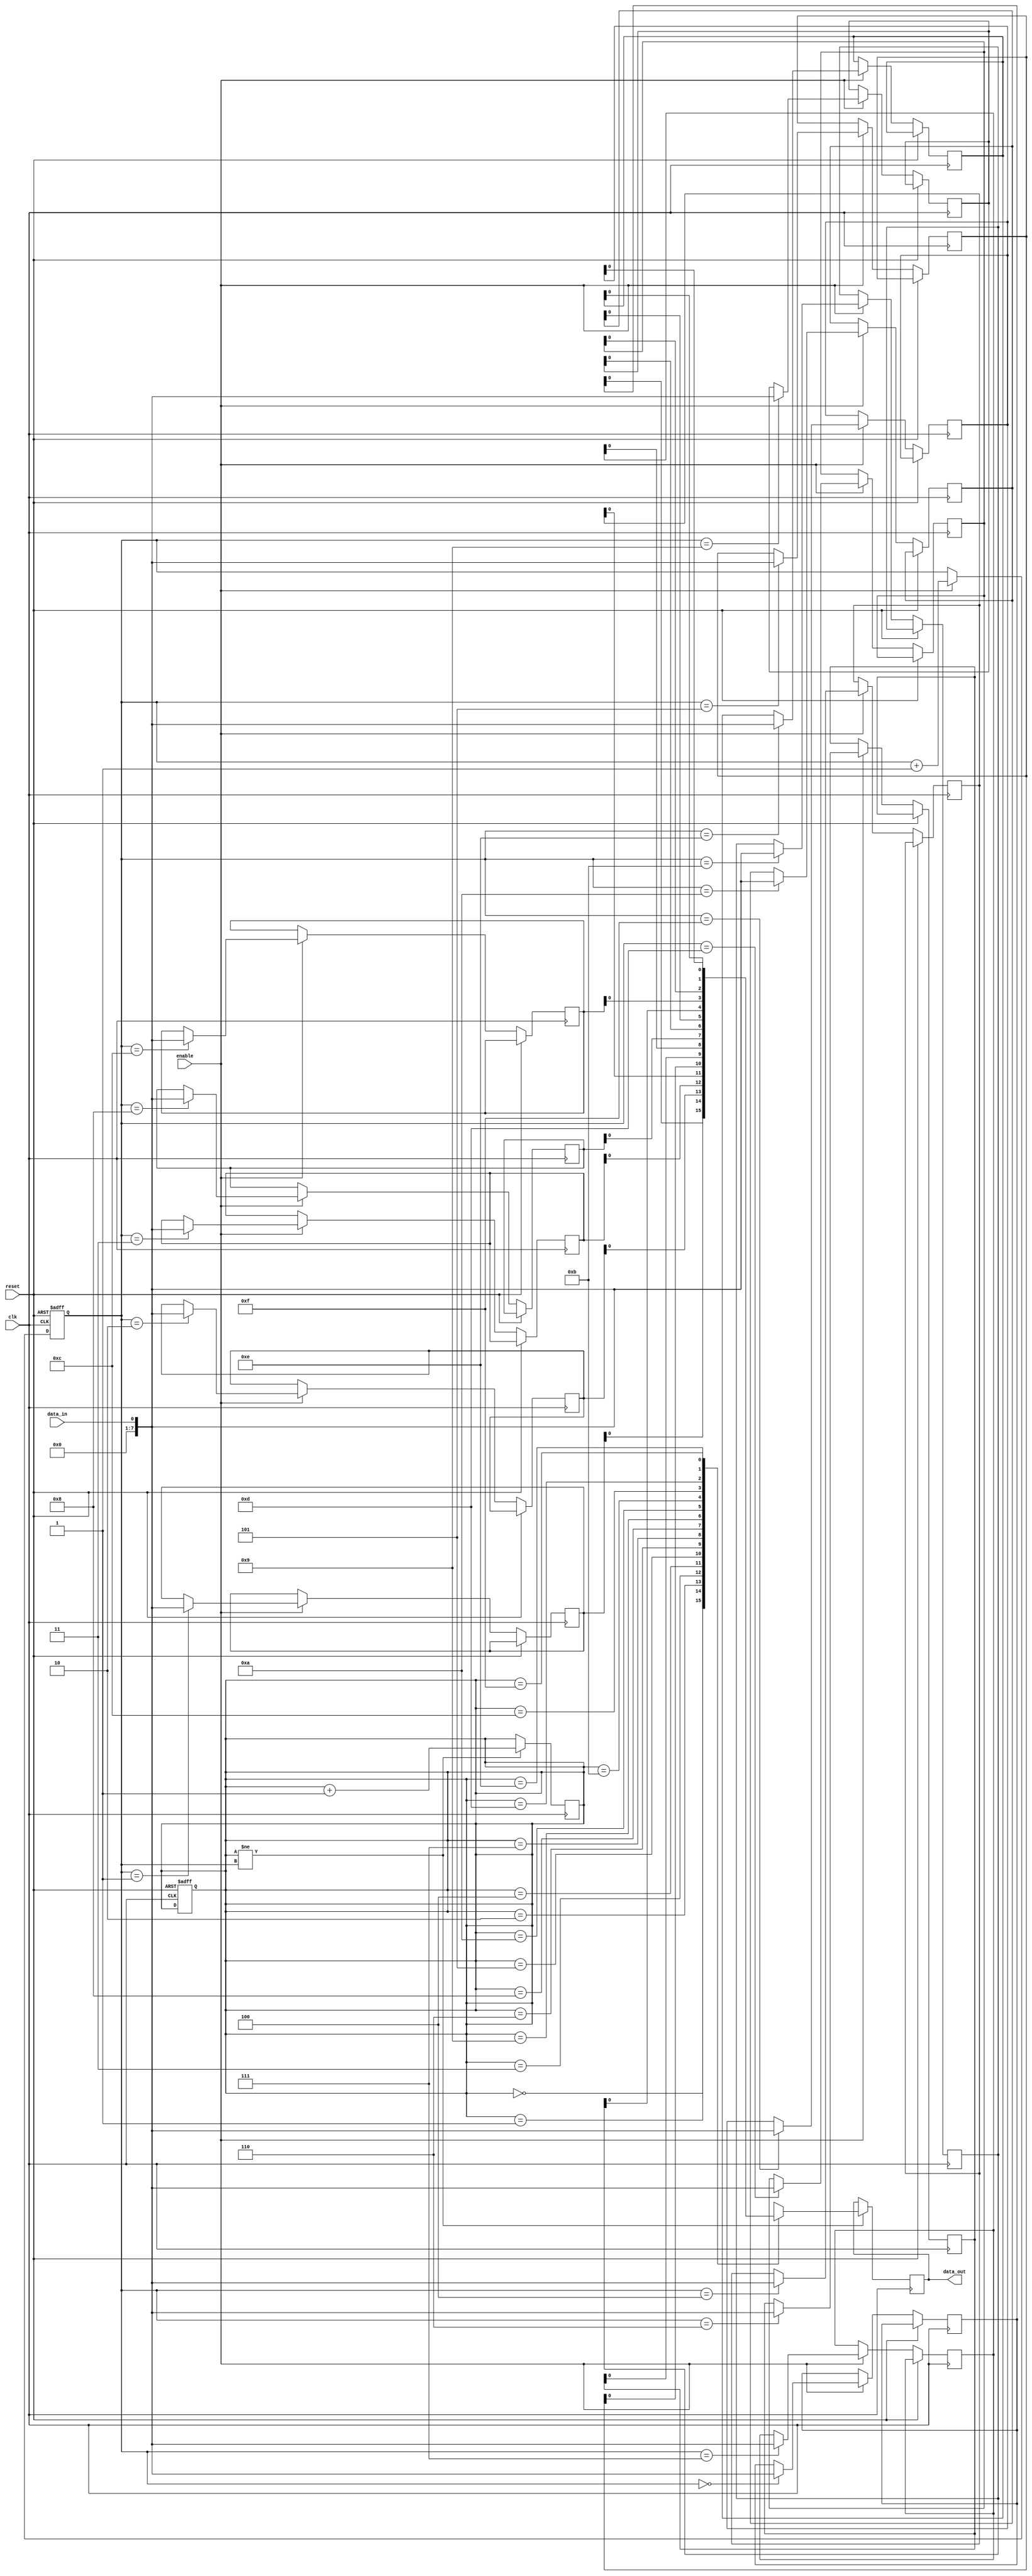
module timing_control_Sync (
    input clk,
    input reset,
    input data_in,
    input enable,
    output reg data_out
);

reg [7:0] fifo_buffer [0:15];

reg [3:0] read_ptr, write_ptr;

always @(posedge clk or posedge reset) begin
    if (reset) begin
        read_ptr <= 0;
        write_ptr <= 0;
    end else begin
        if (enable) begin
            fifo_buffer[write_ptr] <= data_in;
            write_ptr <= write_ptr + 1;
        end
    end
end

always @(posedge clk) begin
    if (read_ptr != write_ptr) begin
        data_out <= fifo_buffer[read_ptr];
        read_ptr <= read_ptr + 1;
    end
end

endmodule